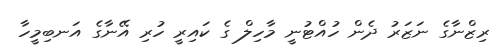
ރިޒްނާގެ ނަޒަރު ދެން ހުއްޓުނީ މާހިލް ގެ ކައިރީ ހުރި އޭނާގެ އަނބިމީހާ